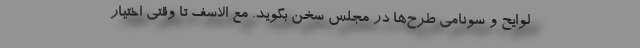
لوایح و سونامی طرح‌ها در مجلس سخن بگوید. مع الاسف تا وقتی اختیار